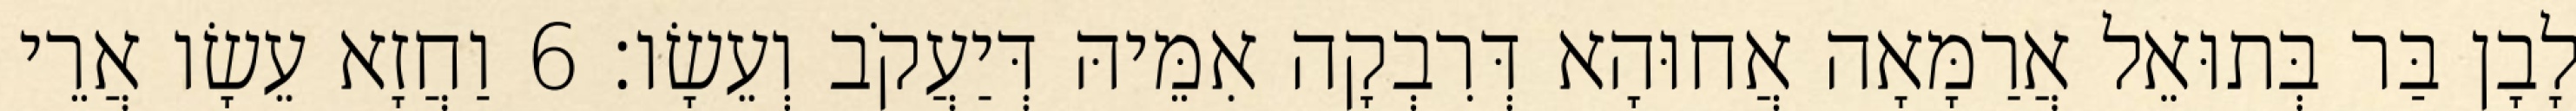
לָבָן בַּר בְּתוּאֵל אֲרַמָּאָה אֲחוּהָא דְּרִבְקָה אִמֵּיהּ דְּיַעֲקֹב וְעֵשָׂו׃ 6 וַחֲזָא עֵשָׂו אֲרֵי